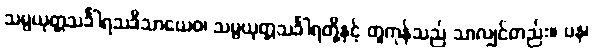
သမ္ပယုတ္တသင်္ခါရသဒိသာယေဝ၊ သမ္ပယုတ္တသင်္ခါရတို့နှင့် တူကုန်သည် သာလျှင်တည်း။ ပန၊